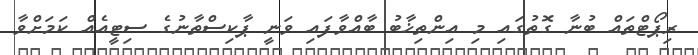
ރިޕޯޓްތައް ބުނާ ގޮތުގައި މި އިންތިޚާބު ބާއްވާފައި ވަނީ ޕާކިސްތާނުގެ ސިޓީއެއް ކަމަށްވާ